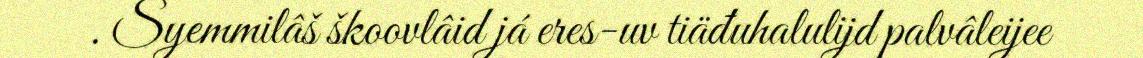
. Syemmilâš škoovlâid já eres-uv tiäđuhalulijd palvâleijee